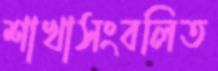
শাখাসংবলিত